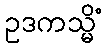
ဥဒကသ္မိံ